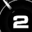
Digit: 2